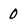
Character: 0